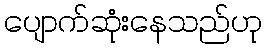
ပျောက်ဆုံးနေသည်ဟု